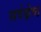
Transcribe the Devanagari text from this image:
सर्वक्षेष्ठ